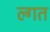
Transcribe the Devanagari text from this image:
ल्गत